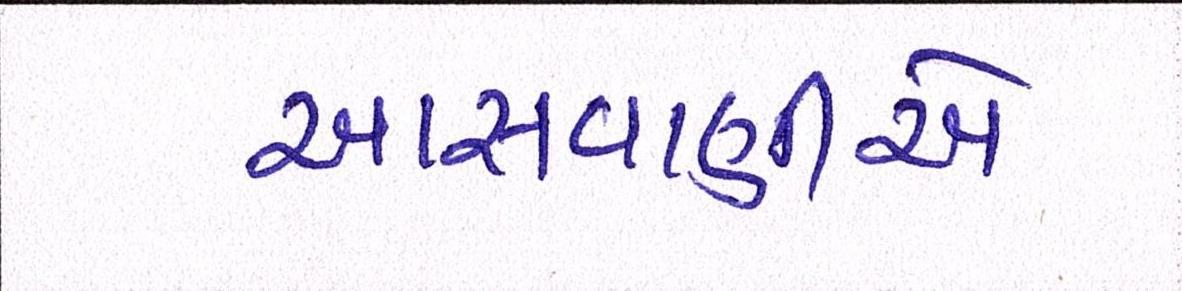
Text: આસવાણીએ